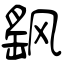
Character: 飖